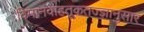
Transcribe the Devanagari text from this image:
विमानवाहतूकतज्ज्ञानुसार